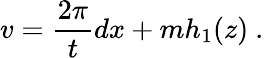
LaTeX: v=\frac{2\pi}{t}dx+mh_{1}(z)\ .